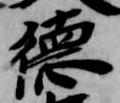
徳